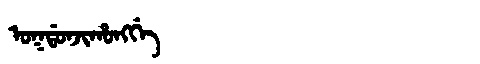
Manchu: ᠣᡴᡩᠣᠨᠵᡳᡥᠣᠩᡤᡝ
Romanization: OKDONJIHONGGE